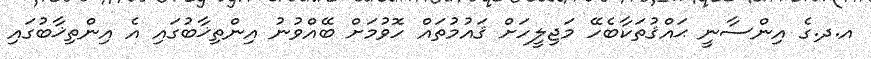
އ.ދ.ގެ އިންސާނީ ޙައްޤުތަކާބެހޭ މަޖިލީހަށް ޤައުމުތައް ހޮވުމަށް ބޭއްވުނު އިންތިޚާބުގައި އެ އިންތިޚާބުގައި